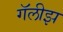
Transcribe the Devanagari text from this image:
गॅलीझ